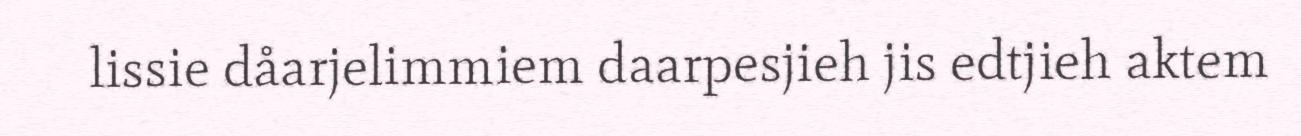
lissie dåarjelimmiem daarpesjieh jis edtjieh aktem